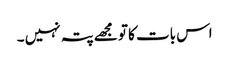
اس بات کا تو مجھے پتہ نہیں ۔